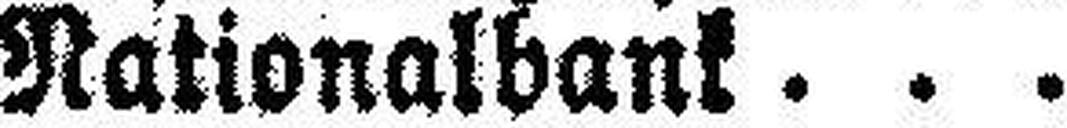
Nationalbank